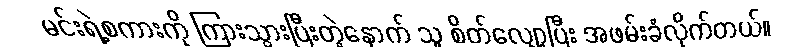
မင်းရဲ့စကားကို ကြားသွားပြီးတဲ့နောက် သူ စိတ်လျှော့ပြီး အဖမ်းခံလိုက်တယ်။